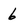
Character: 6